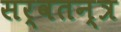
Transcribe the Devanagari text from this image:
सर्वतन्त्र